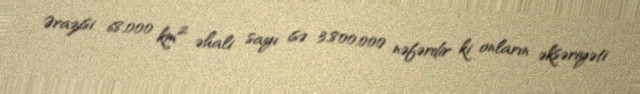
Ərazisi 68,000 km² əhali sayı isə 3,800,000 nəfərdir ki onların əksəriyəti